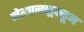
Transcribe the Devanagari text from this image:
नेत्यानाहूकडून